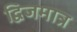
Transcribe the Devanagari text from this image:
द्विजमात्र